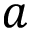
a